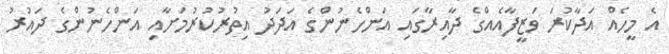
އެ މީހެއް އަދާކުރަ ވަޒީފާއެއްގެ ދާއިރާގައި އަންހެނުންގެ އަދަދު އިތުރުކުރުމަށާއި އަންހެނުންގެ ދައުރު